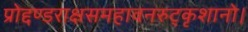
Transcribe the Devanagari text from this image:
प्रोद्दण्डराक्षसमहावनरुट्कृशानो।